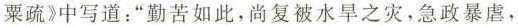
栗疏》中写道：“勤苦如此，尚复被水旱之灾，急政暴虐，